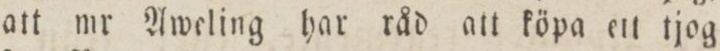
att mr Aweling har råd att köpa ett tjog